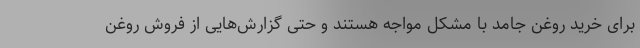
برای خرید روغن جامد با مشکل مواجه هستند و حتی گزارش‌هایی از فروش روغن